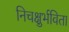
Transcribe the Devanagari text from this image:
निचक्षुर्भविता